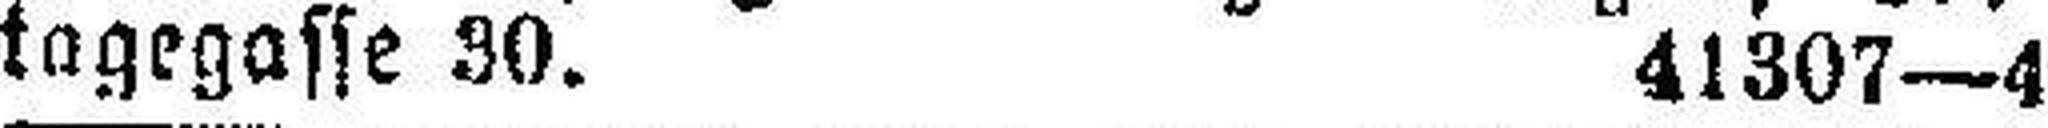
tagegasse 30. 41307—4